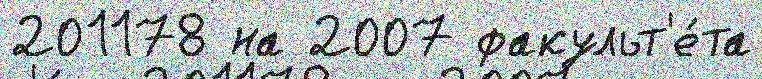
201178 на 2007 факульт'е́та